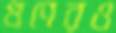
গুণেরও